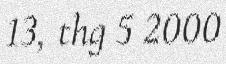
13, thg 5 2000